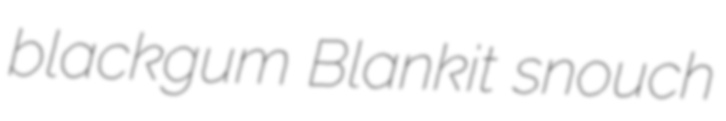
blackgum Blankit snouch